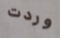
وردت